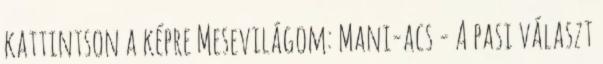
kattintson a képre Mesevilágom: Mani-acs - A pasi választ